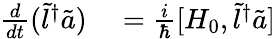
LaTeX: \begin{array}{rl}{\frac{d}{dt}(\tilde{l}^{\dagger}\tilde{a})}&{{}=\frac{i}{\hbar}[H_{0},\tilde{l}^{\dagger}\tilde{a}]}\end{array}